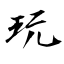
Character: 玩